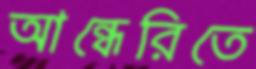
আন্ধেরিতে